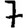
Digit: 7